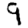
Digit: 9